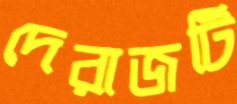
দেরাজটি